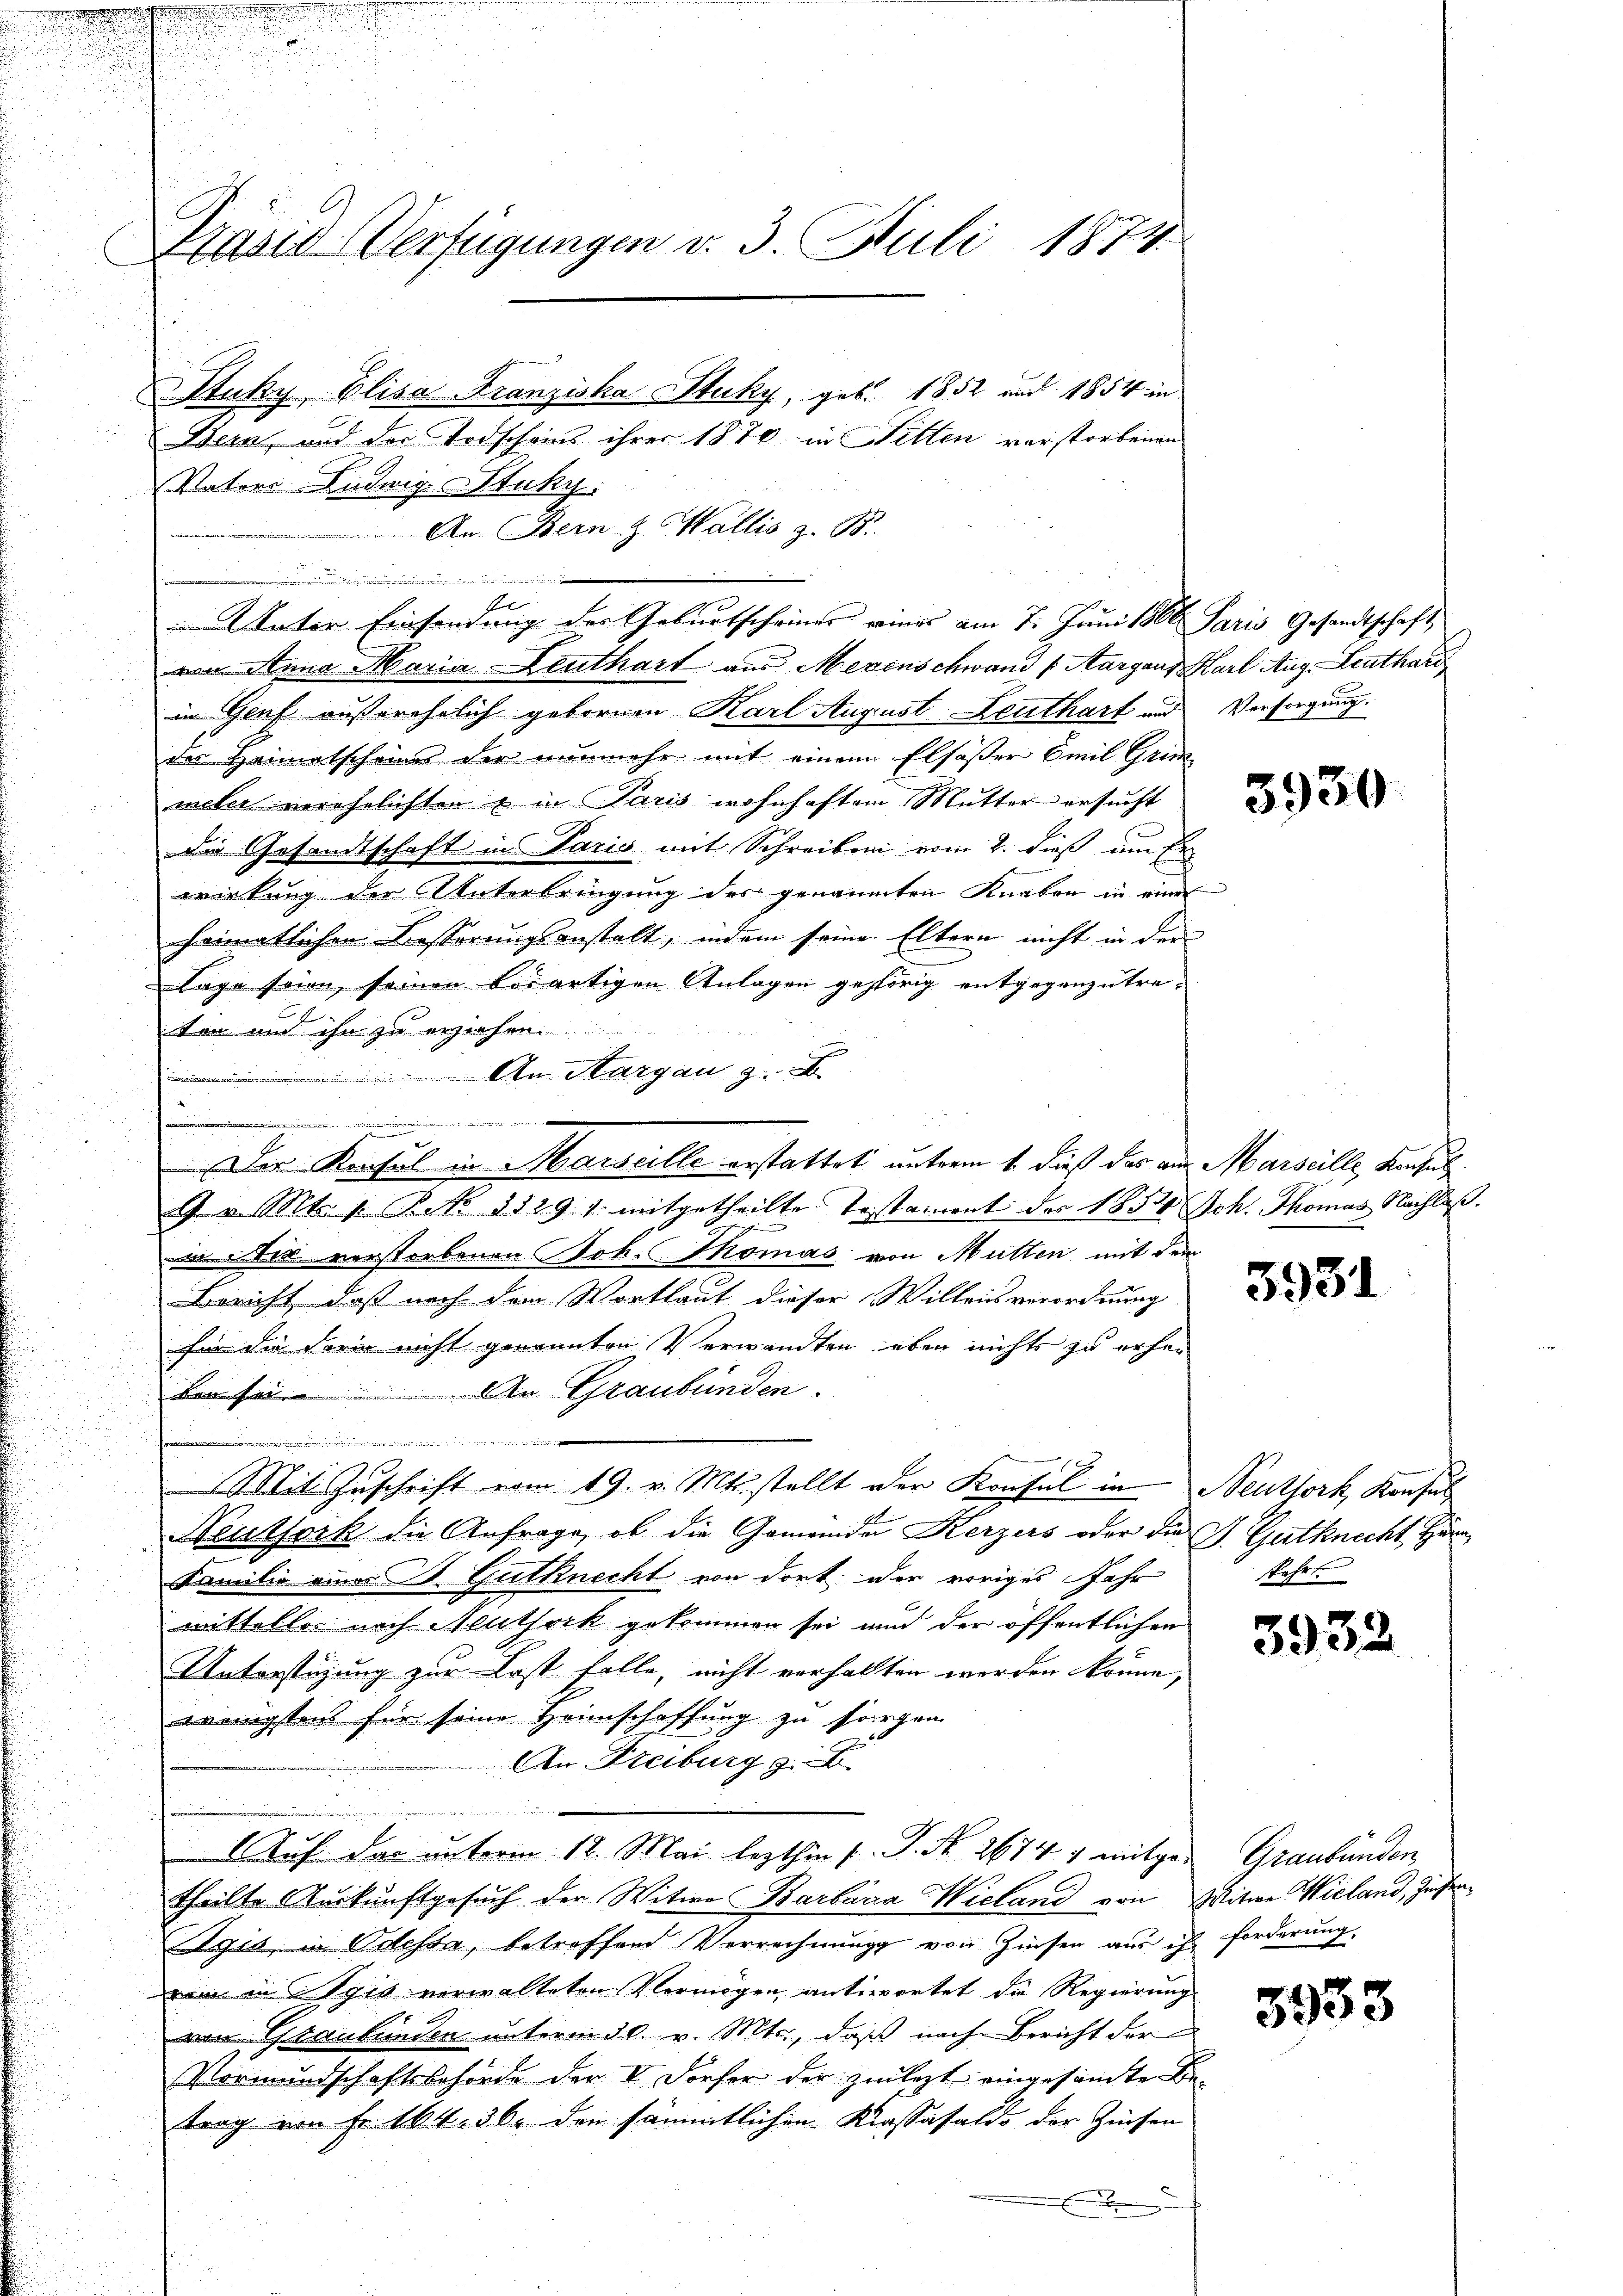
Präsid-Verfügungen v. 3. Juli 1874.
Stuky, Elisa Franziska Stuky, geb. 1852 und 1854 in
Bern, und der Todscheins ihrer 1870. in Fetten verstorbenen

.
Er

mistige und der

Vater Ludwig Stuky.
An Bern & Wallis z. B.
von Anna Maria Leuthart aus Mesenschwand (Aargaus Karl Aug. Leuthard
in Genf außerehrlich gebornen Karl August Leuthart und Versorgung
des Heimatscheines der nunmehr mit einem Elsößer Emil Grie
meler verehelichten & in Paris wohnhaftem Mutter ersucht
die Gesandtschaft in Paris mit Schreiben vom 2. dieß um Erwirkung der Unterbringung des genannten Knaben in einer
haimatlichen Besserungsanstalt, indem seine Eltern nicht in der
Lage seien, seinen bösartigen Anlagen gehörig entgegenzutreten und ihn zu erziehen.
An Margau, 9. II
d
Der Konsul in Marseille erstattet unterm 1. dieß das an Marseille, Konsul¬
9. v. Mts. z. B. No 3529 f. mitgetheilte Testament des 1851 Joh. Thomas Nachlaß.
ichen
inde verstorbenen Joh. Thomas von Mutten mit dem
Bericht, daß nach der Wortlaut dieser Willensverordnung
für die Form nicht genannten Verwandten aber nichts zu erher
ben sei. An Graubünden.
e
Mit Zuschrift vom 19. v. Mts. stellt der Konsul in Neuttork, Konsul
Neuthork die Anfrage, ob die Gemeinden Kerzers oder die J. Gutknecht Härn¬
Familie eines St. Gutknecht von dort der voriges Jahr
mittelles nach Neutheck gekommen sei und der öffentlichen
Unterstüzung zur Last folle, nicht verhalten werden könne,
wenigstens für seine Heimschaffung zu sorgen
An Freiburg z. B.
   die er den
Auf das unterm 12. Mai lezthin 1. P. Nr. 2674 1 mitge- Graubünden,
theilte Auskunftgesuch der Witwe Barbara Wieland von Witwe Wieland, Zinsen¬
Sgis, in Odessa, betreffend Verrechnung von Zinsen aus ihr forderung.
m in gis verwalteten Vermögen antwortet die Regierung
von Graubünden unterm 30. v. Mts., daß nach Bericht der
Vormundschaftsbehörde der V. Dorfer der zulezt eingesamte Be-
trag von Fr. 104. 36. den sämmtlichen Kassasaldo der Zinsen
E

Unter Einsendung des Geburtscheines eines am 7. Juni 1866 Paris Gesandtschaft,

5930

3931

fahrt.

3932

3933